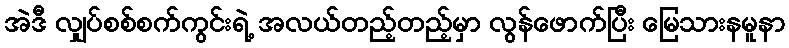
အဲဒီ လျှပ်စစ်စက်ကွင်းရဲ့ အလယ်တည့်တည့်မှာ လွန်ဖောက်ပြီး မြေသားနမူနာ